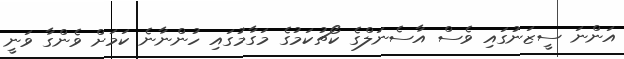
އަންނަ ސީޒަނުގައި ވެސް އާސެނަލްގެ ކޯޗުކަމުގެ މަގާމުގައި ހުންނާނެ ކަމަށް ވެންގާ ވަނީ